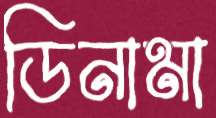
ডিনামা